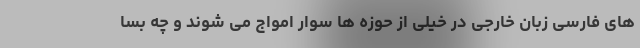
های فارسی زبان خارجی در خیلی از حوزه ها سوار امواج می شوند و چه بسا